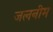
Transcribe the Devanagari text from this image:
जलनीम